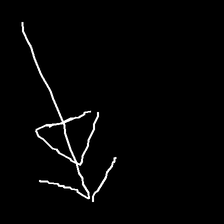
Glyph: pull